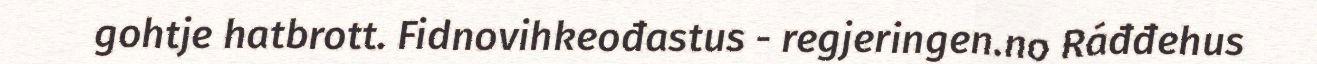
gohtje hatbrott. Fidnovihkeođastus - regjeringen.no Ráđđehus